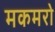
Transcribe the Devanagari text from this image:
मकमरो